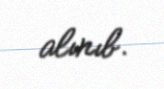
alınıb.